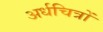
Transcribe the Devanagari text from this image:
अर्धचित्रों